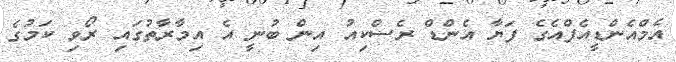
އެމްއެންޑީއެފްއެގެ ފަޔާ އެންޑް ރެސްކިއު އިން ބުނީ އެ އިމާރާތުގައި ރޯވި ކަމުގެ